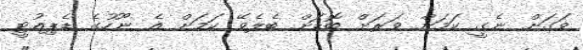
ވަގަށް ނެގީ ކަމަށް ވަރަށް ބޮޑަށް ބެލެވޭ ކަމަށް އެ ނޫހުގެ ޑެޕިއުޓީ